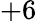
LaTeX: +6